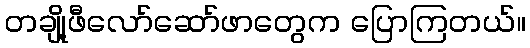
တချို့ဖီလော်ဆော်ဖာတွေက ပြောကြတယ်။